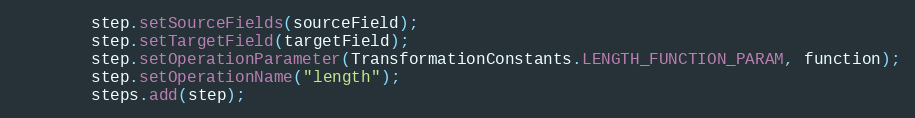
Language: Java
        step.setSourceFields(sourceField);
        step.setTargetField(targetField);
        step.setOperationParameter(TransformationConstants.LENGTH_FUNCTION_PARAM, function);
        step.setOperationName("length");
        steps.add(step);